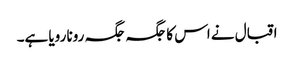
اقبال نے اس کا جگہ جگہ رونا رویا ہے۔